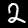
Label: 2